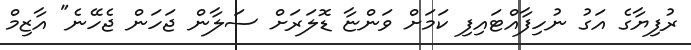
ރުފިޔާގެ އަގު ނުހިފާއްޓައިފި ކަމަށް ވަންޏާ ޑޮލަރަށް ސަލާން ޖަހަން ޖެހޭނެ" އާޒިމް